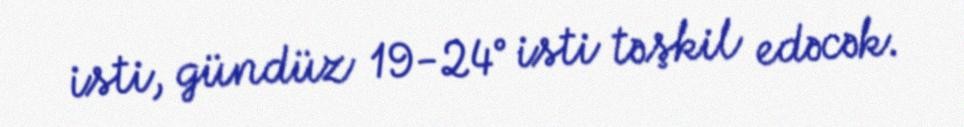
isti, gündüz 19-24° isti təşkil edəcək.